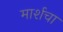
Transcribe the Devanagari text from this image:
मार्शचा